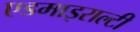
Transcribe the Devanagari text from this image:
एडमाइराल्टी